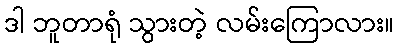
ဒါ ဘူတာရုံ သွားတဲ့ လမ်းကြောလား။